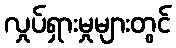
လှုပ်ရှားမှုများတွင်